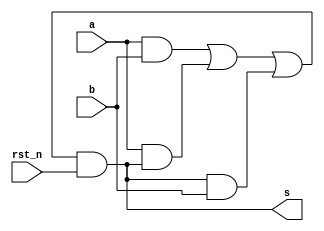
`timescale 1ns/1ns
module muller_2input    #(parameter DELAY=5)
                        (input rst_n,a,b,
                         output s);

wire w1,w2,w3,w4;

and a1(w1,a,b);
and a2(w2,a,s);
and a3(w3,s,b);
or  a4(w4,w1,w2,w3);
and #(DELAY) a5 (s,w4,rst_n);


endmodule